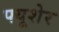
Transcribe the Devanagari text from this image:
फ्यूशेर